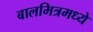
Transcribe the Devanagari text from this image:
बालमित्रमध्ये